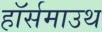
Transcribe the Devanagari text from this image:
हॉर्समाउथ